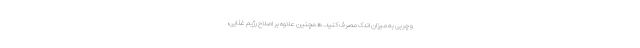
و چربی به میزان اندک مصرف کنید. همچنین علاوه بر اصلاح رژیم غذایی،